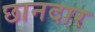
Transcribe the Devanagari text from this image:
छानदार